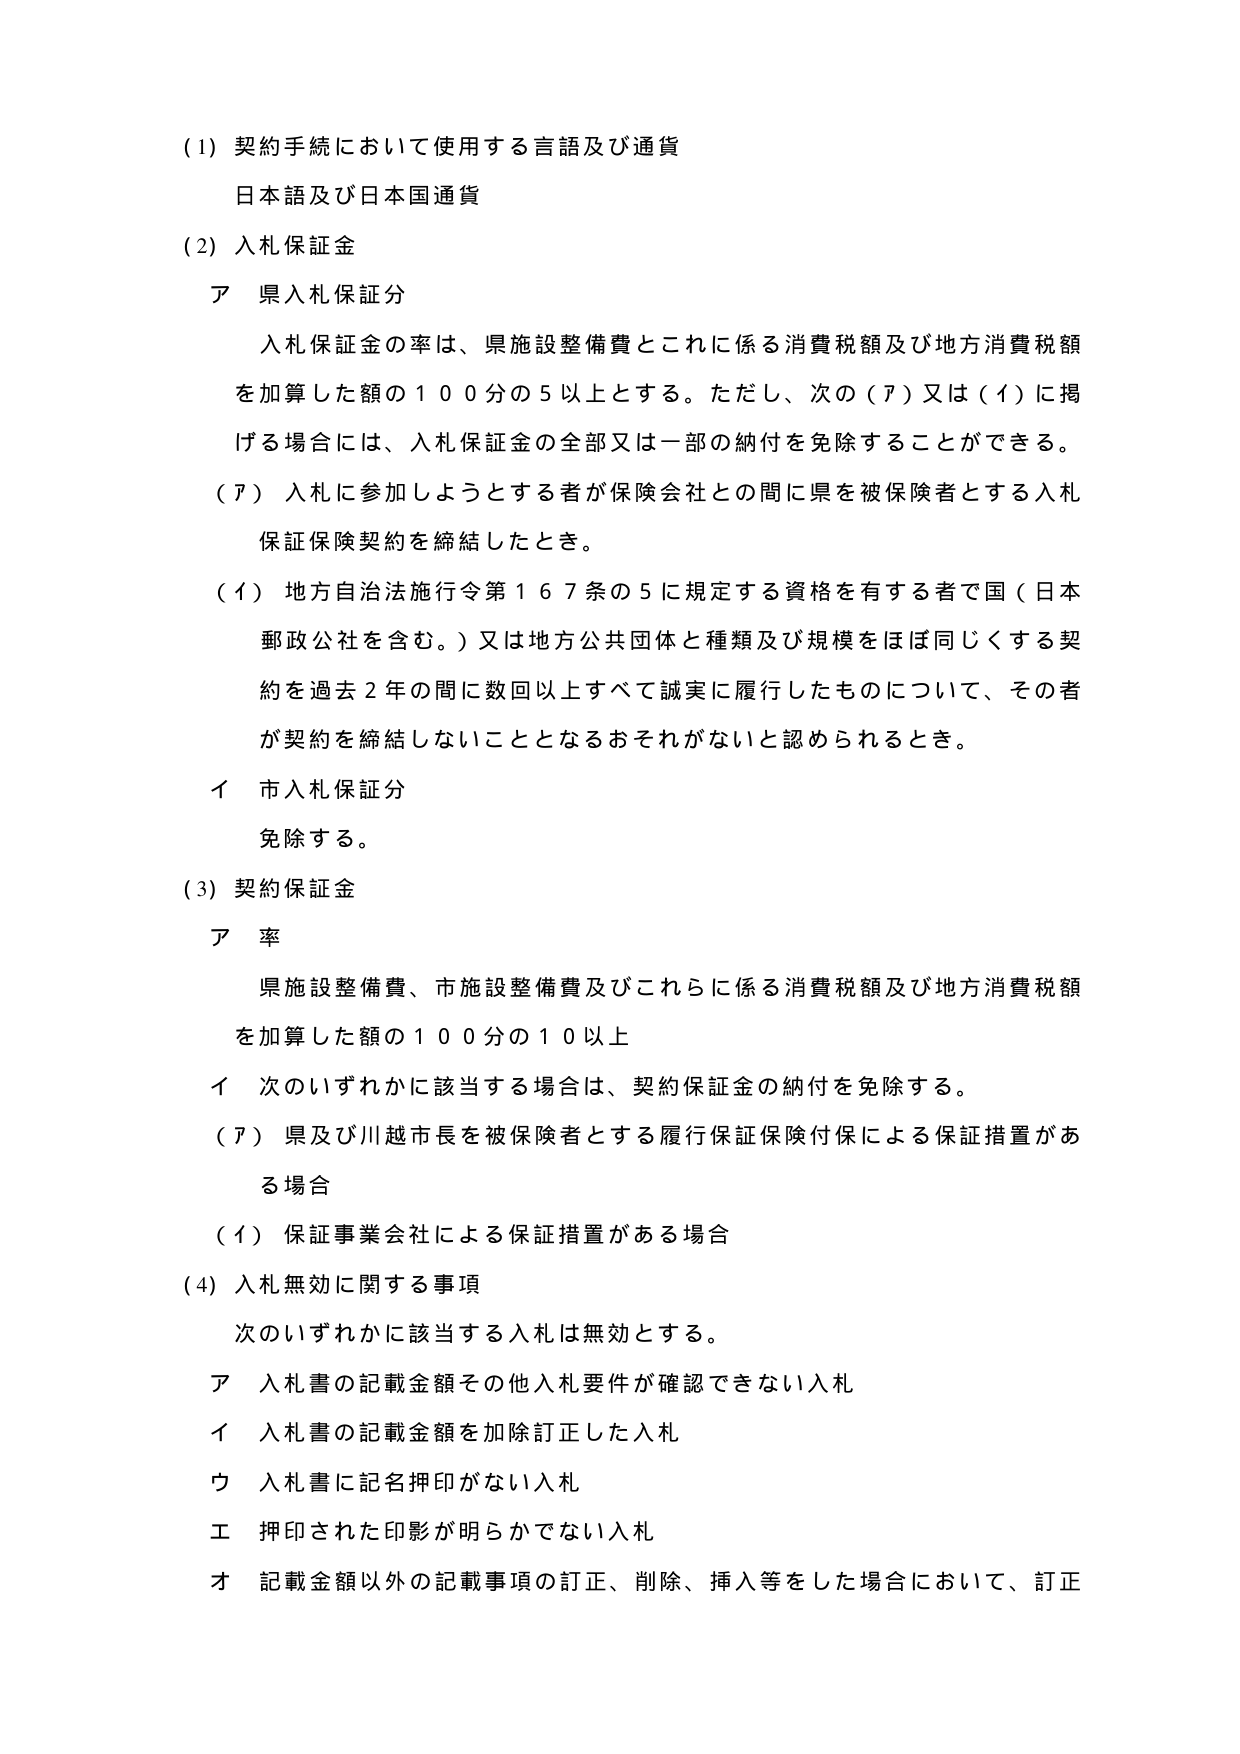
(1) 契約手続において使用する言語及び通貨
日本語及び日本国通貨

(2) 入札保証金
ア 県入札保証分
　入札保証金の率は、県施設整備費とこれに係る消費税額及び地方消費税額を加算した額の100分の5以上とする。ただし、次の（ア）又は（イ）に掲げる場合には、入札保証金の全部又は一部の納付を免除することができる。
　（ア）入札に参加しようとする者が保険会社との間に県を被保険者とする入札保証保険契約を締結したとき。
　（イ）地方自治法施行令第167条の5に規定する資格を有する者で国（日本郵政公社を含む。）又は地方公共団体と種類及び規模をほぼ同じくする契約を過去2年の間に数回以上すべて誠実に履行したものについて、その者が契約を締結しないこととなるおそれがないと認められるとき。
イ 市入札保証分
　免除する。

(3) 契約保証金
ア 率
　県施設整備費、市施設整備費及びこれらに係る消費税額及び地方消費税額を加算した額の100分の10以上
イ 次のいずれかに該当する場合は、契約保証金の納付を免除する。
　（ア）県及び川越市長を被保険者とする履行保証保険付保による保証措置がある場合
　（イ）保証事業会社による保証措置がある場合

(4) 入札無効に関する事項
　次のいずれかに該当する入札は無効とする。
ア 入札書の記載金額その他入札要件が確認できない入札
イ 入札書の記載金額を加除訂正した入札
ウ 入札書に記名押印がない入札
エ 押印された印影が明らかでない入札
オ 記載金額以外の記載事項の訂正、削除、挿入等をした場合において、訂正